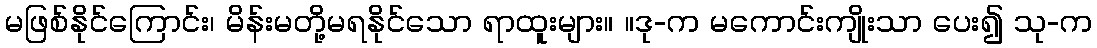
မဖြစ်နိုင်ကြောင်း၊ မိန်းမတို့မရနိုင်သော ရာထူးများ။ ။ဒု-က မကောင်းကျိုးသာ ပေး၍ သု-က